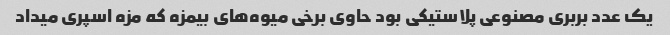
یک عدد بربری مصنوعی پلاستیکی بود حاوی برخی میوه‌های بیمزه که مزه اسپری میداد